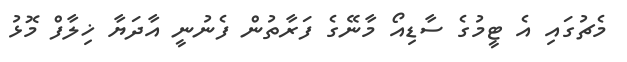
މެޗުގައި އެ ޓީމުގެ ސާޑިއޯ މާނޭގެ ފަރާތުން ފެނުނީ އާދަޔާ ޚިލާފް މޮޅު